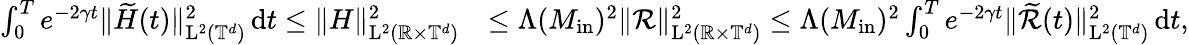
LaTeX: \begin{array}{rl}{\int_{0}^{T}e^{-2\gamma t}\| \widetilde{H}(t)\| _{\mathrm{L}^{2}(\mathbb T^{d})}^{2}\, \mathrm{d}t\leq\| H\| _{\mathrm{L}^{2}(\mathbb R\times\mathbb T^{d})}^{2}}&{\leq\Lambda(M_{\mathrm{in}})^{2}\Vert\mathcal{R}\Vert_{\mathrm{L}^{2}(\mathbb R\times\mathbb T^{d})}^{2}\leq\Lambda(M_{\mathrm{in}})^{2}\int_{0}^{T}e^{-2\gamma t}\| \widetilde{\mathcal{R}}(t)\| _{\mathrm{L}^{2}(\mathbb T^{d})}^{2}\, \mathrm{d}t,}\end{array}